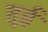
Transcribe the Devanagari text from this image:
तूई